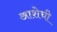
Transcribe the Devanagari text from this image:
आशेची